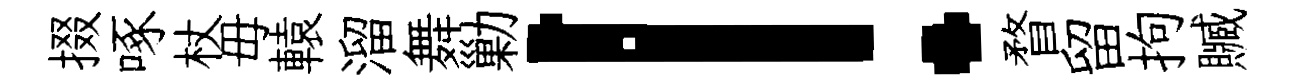
掇啄杖毋轅溜舞勦！瞀留拘贓